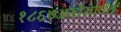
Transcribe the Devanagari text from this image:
१८६७अखेरपर्यंत